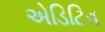
એડિટિવ